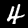
Label: 4